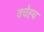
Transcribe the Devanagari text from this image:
क्चेह्च